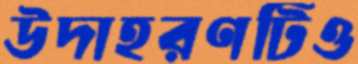
উদাহরণটিও